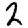
Digit: 2